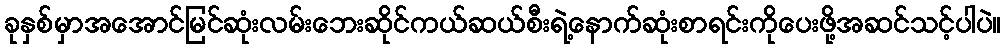
ခုနှစ်မှာအအောင်မြင်ဆုံးလမ်းဘေးဆိုင်ကယ်ဆယ်စီးရဲ့နောက်ဆုံးစာရင်းကိုပေးဖို့အဆင်သင့်ပါပဲ။